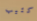
كئيب